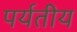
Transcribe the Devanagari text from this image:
पर्यतीय